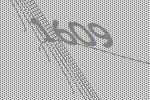
1609